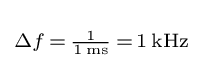
\scriptstyle \Delta f\,=\,{\frac {1}{1\,\mathrm {ms} }}\,=\,1\,\mathrm {kHz}